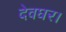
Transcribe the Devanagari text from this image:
देवघर।